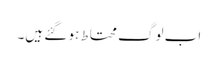
اب لوگ محتاط ہو گئے ہیں۔